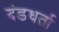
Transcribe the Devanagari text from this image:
दंडधर्ता